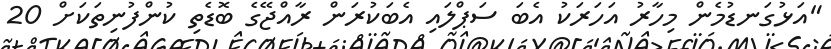
"އަޅުގަނޑުމެން މިހާރު އަހަރަކު އެބަ ސަޕްލައި އެބަކުރަން ރާއްޖޭގެ ބޮޑެތި ކުންފުނިތަކަށް 20